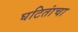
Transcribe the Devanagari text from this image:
घटितांचा